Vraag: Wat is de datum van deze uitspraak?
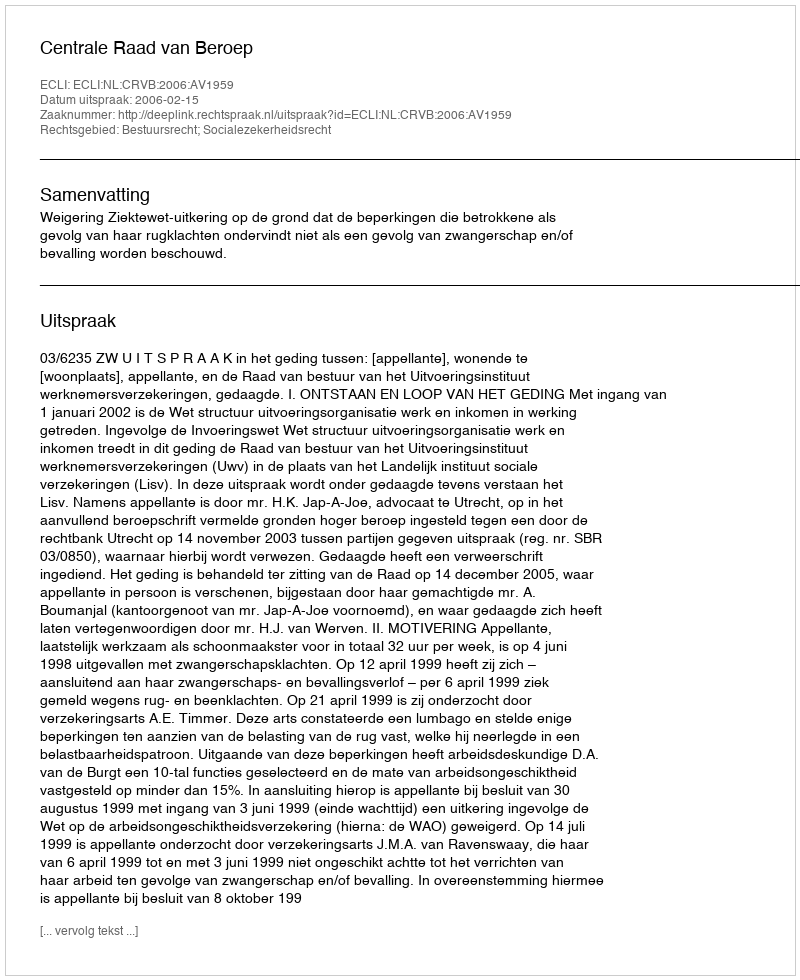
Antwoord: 2006-02-15